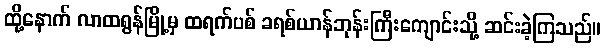
ထို့နောက် လာထရွန်မြို့မှ ထရက်ပစ် ခရစ်ယာန်ဘုန်းကြီးကျောင်းသို့ ဆင်းခဲ့ကြသည်။